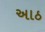
અાઠ